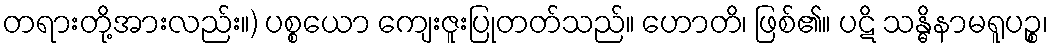
တရားတို့အားလည်း။) ပစ္စယော ကျေးဇူးပြုတတ်သည်။ ဟောတိ၊ ဖြစ်၏။ ပဋိ သန္ဓိနာမရူပဉ္စ၊